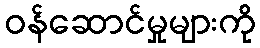
ဝန်ဆောင်မှုများကို